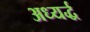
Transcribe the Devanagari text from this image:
अध्यर्द्ध